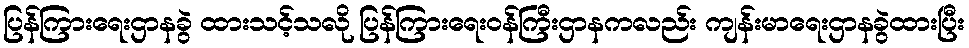
ပြန်ကြားရေးဌာနခွဲ ထားသင့်သလို ပြန်ကြားရေးဝန်ကြီးဌာနကလည်း ကျန်းမာရေးဌာနခွဲထားပြီး